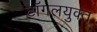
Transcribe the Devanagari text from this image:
टॉगलयुक्त